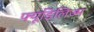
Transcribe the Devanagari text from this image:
फ्यूडिलिज्म